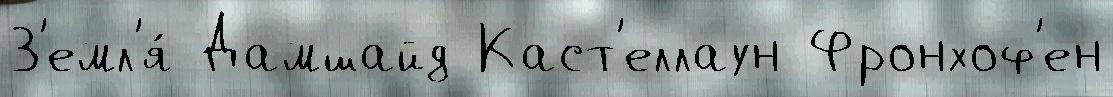
З'емл'я́ Дамшайд Каст'еллаун Фронхоф'ен